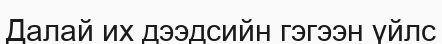
Далай их дээдсийн гэгээн үйлс